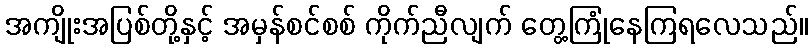
အကျိုးအပြစ်တို့နှင့် အမှန်စင်စစ် ကိုက်ညီလျက် တွေ့ကြုံနေကြရလေသည်။